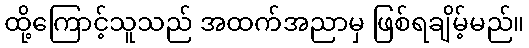
ထို့ကြောင့်သူသည် အထက်အညာမှ ဖြစ်ရချိမ့်မည်။